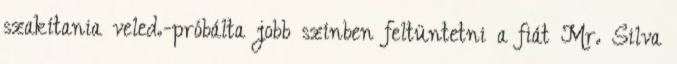
szakítania veled.-próbálta jobb színben feltüntetni a fiát Mr. Silva